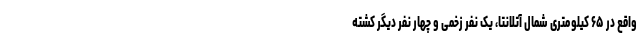
واقع در ۶۵ کیلومتری شمال آتلانتا، یک نفر زخمی و چهار نفر دیگر کشته